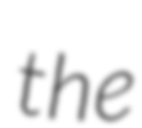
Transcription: the